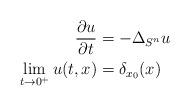
LaTeX: \begin{align*}{\frac{\partial u}{\partial t}}&=-\Delta_{S^n}u\\\lim_{t\rightarrow 0^+}u(t,x)&=\delta_{x_0}(x)\end{align*}